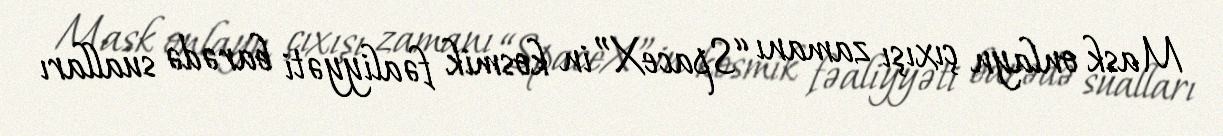
Mask onlayn çıxışı zamanı “SpaceX”in kosmik fəaliyyəti barədə sualları